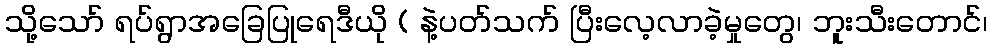
သို့သော် ရပ်ရွာအခြေပြုရေဒီယို ( နဲ့ပတ်သက် ပြီးလေ့လာခဲ့မှုတွေ၊ ဘူးသီးတောင်၊